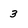
Character: 3